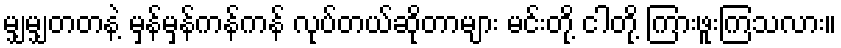
မျှမျှတတနဲ့ မှန်မှန်ကန်ကန် လုပ်တယ်ဆိုတာများ မင်းတို့ ငါတို့ ကြားဖူးကြသလား။